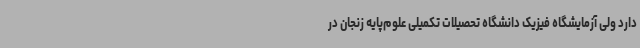
دارد ولی آزمایشگاه فیزیک دانشگاه تحصیلات تکمیلی علوم‌پایه زنجان در